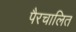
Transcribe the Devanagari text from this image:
पैरचालित